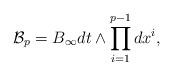
LaTeX: \begin{align*}{\mathcal B}_{p} = B_{\infty} dt \wedge \prod_{i=1}^{p-1} dx^{i},\end{align*}